Vaccination in the Punjab 1919-1929 - 1919-1929
Year: 1919
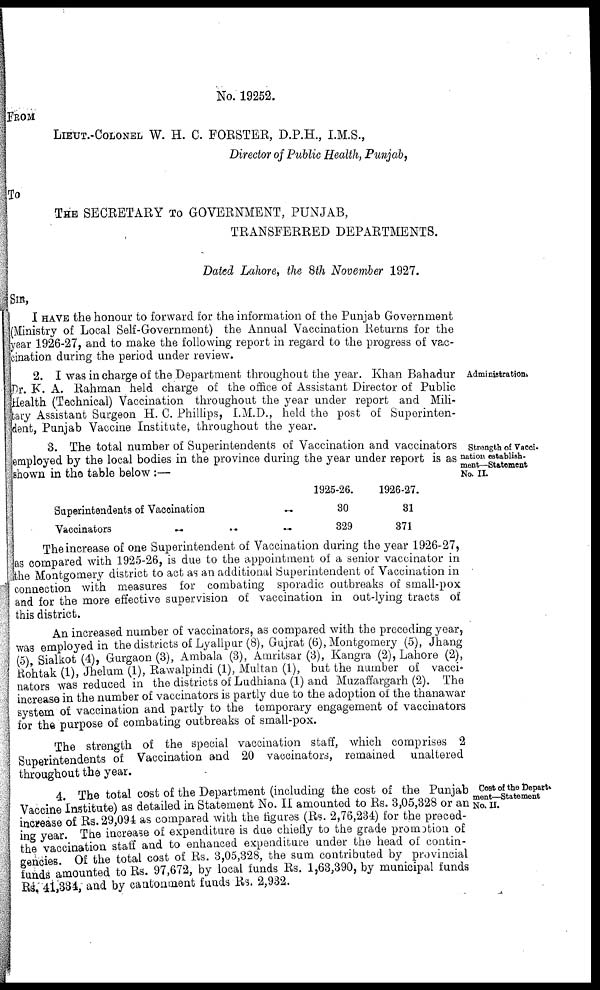
No. 19252.
FROM
LIEUT.-COLONEL W. H. C. FORSTER, D.P.H., I.M.S.,
Director of Public Health, Punjab,
To
THE SECRETARY TO GOVERNMENT, PUNJAB,
TRANSFERRED DEPARTMENTS.
Dated Lahore, the 8th November 1927.
SIR,
I HAVE the honour to forward for the information of the Punjab Government
(Ministry of Local Self-Government) the Annual Vaccination Returns for the
year 1926-27, and to make the following report in regard to the progress of vac-
cination during the period under review.
Administration.
2. I was in charge of the Department throughout the year. Khan Bahadur
Dr. K. A. Rahman held charge of the office of Assistant Director of Public
Health (Technical) Vaccination throughout the year under report and Mili-
tary Assistant Surgeon H. C. Phillips, I.M.D., held the post of Superinten-
dent, Punjab Vaccine Institute, throughout the year.
Strength of Vacci-
nation establish-
ment—Statement
No. II.
3. The total number of Superintendents of Vaccination and vaccinators
employed by the local bodies in the province during the year under report is as
shown in the table below :—
Superintendents of Vaccination
..
Vaccinators
..
.. ..
1925-26.
30
329
1926-27.
31
371
The increase of one Superintendent of Vaccination during the year 1926-27,
as compared with 1925-26, is due to the appointment of a senior vaccinator in
the Montgomery district to act as an additional Superintendent of Vaccination in
connection with measures for combating sporadic outbreaks of small-pox
and for the more effective supervision of vaccination in out-lying tracts of
this district.
An increased number of vaccinators, as compared with the preceding year,
was employed in the districts of Lyallpur (8), Gujrat (6), Montgomery (5), Jhang
(5), Sialkot (4), Gurgaon (3), Ambala (3), Amritsar (3), Kangra (2), Lahore (2),
Rohtak (1), Jhelum (1), Rawalpindi (1), Multan (1), but the number of vacci-
nators was reduced in the districts of Ludhiana (1) and Muzaffargarh (2). The
increase in the number of vaccinators is partly due to the adoption of the thanawar
system of vaccination and partly to the temporary engagement of vaccinators
for the purpose of combating outbreaks of small-pox.
The strength of the special vaccination staff, which comprises 2
Superintendents of Vaccination and 20 vaccinators, remained unaltered
throughout the year.
Cost of the Depart-
ment—Statement
No. II.
4. The total cost of the Department (including the cost of the Punjab
Vaccine Institute) as detailed in Statement No. II amounted to Rs. 3,05,328 or an
increase of Rs. 29,094 as compared with the figures (Rs. 2,76,234) for the preced-
ing year. The increase of expenditure is due chiefly to the grade promotion of
the vaccination staff and to enhanced expenditure under the head of contin-
gencies. Of the total cost of Rs. 3,05,328, the sum contributed by provincial
funds amounted to Rs. 97,672, by local funds Rs. 1,63,390, by municipal funds
Rs. 41,334, and by cantonment funds Rs. 2,932.